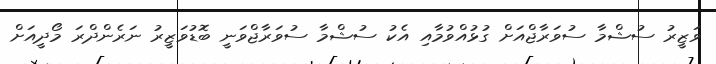
ވަޒީރު ސުޝްމާ ސުވަރާޖްއަށް ގުޅުއްވުމާއި އެކު ސުޝްމާ ސުވަރާޖްވަނީ ބޮޑުވަޒީރު ނަރެންދްރަ މޯދީއަށް